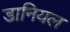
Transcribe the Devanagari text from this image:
डानियल